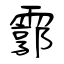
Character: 霩